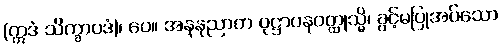
(ဣဒံ သိက္ခာပဒံ)၊ ပေ။ အနနုညာတ ဝုဋ္ဌာပနဝတ္ထုသ္မိ၊ ခွင့်မပြုအပ်သော